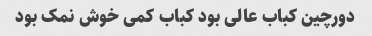
دورچین کباب عالی بود کباب کمی خوش نمک بود